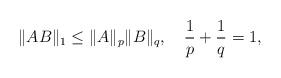
LaTeX: \begin{align*}\|AB\|_1\leq \|A\|_p \|B\|_q,\quad\frac{1}{p} + \frac{1}{q} = 1,\end{align*}